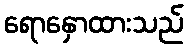
ရောနှောထားသည်